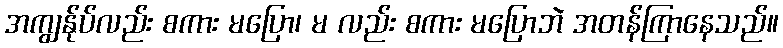
အကျွန်ုပ်လည်း စကား မပြော၊ မ လည်း စကား မပြောဘဲ အတန်ကြာနေသည်။